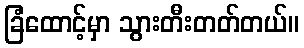
ခြံထောင့်မှာ သွားတီးတတ်တယ်။